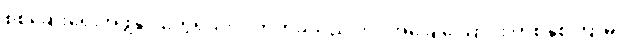
စစ်ဆေးရေးအဖွဲ့နှင့် တွေရှိသလို ကိုက်ခဲသည့် ဘဝအခြေ ဩောင်း တစ်နှစ်ကြာမှ